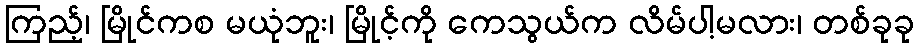
ကြည့်၊ မြိုင်ကစ မယုံဘူး၊ မြိုင့်ကို ကေသွယ်က လိမ်ပါ့မလား၊ တစ်ခုခု